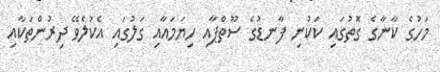
މަހުގެ ކާނާގެ ގޮތުގައި ކަކުނި ފާނޑުގެ ސޫތްޕާއި ހިޔަމައާއި ގަލުގައި އެކުލެވޭ ދިރުންތަކާއި